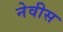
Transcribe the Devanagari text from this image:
नेवीस